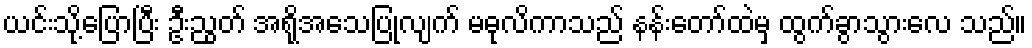
ယင်းသို့ပြောပြီး ဦးညွတ် အရိုအသေပြုလျက် မဓုလိကာသည် နန်းတော်ထဲမှ ထွက်ခွာသွားလေ သည်။